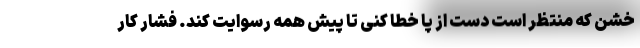
خشن که منتظر است دست از پا خطا کنی تا پیش همه رسوایت کند. فشار کارِ